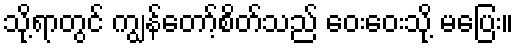
သို့ရာတွင် ကျွန်တော့်စိတ်သည် ဝေးဝေးသို့ မပြေး။